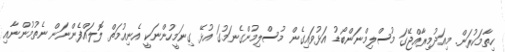
ހިތާމަކުރަން. މިއަދުމިރާއްޖޭގަ މުސްލިމްނަންބޯޑު އަޅުވައިގެން މުސްލިމުންގެނަމުގަ އުޅޭ ގިނަމީހުންނަކީ އެނިއުމަތް ލޮލައްފެންނަން ނެތުމުންނާއި